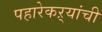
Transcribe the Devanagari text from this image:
पहारेकऱ्यांची